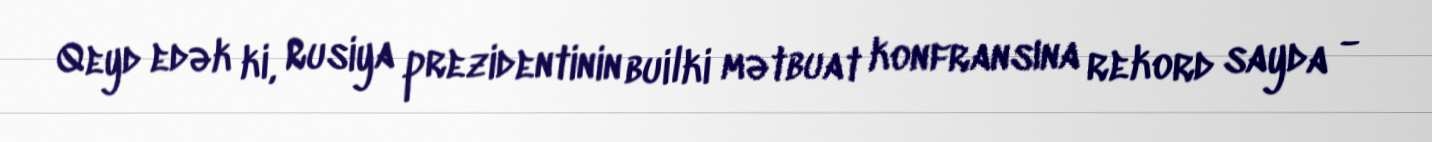
Qeyd edək ki, Rusiya prezidentinin builki mətbuat konfransına rekord sayda -